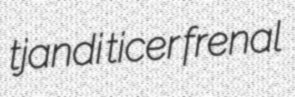
tjandi ticer frenal